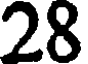
28